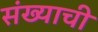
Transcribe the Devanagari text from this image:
संख्याची